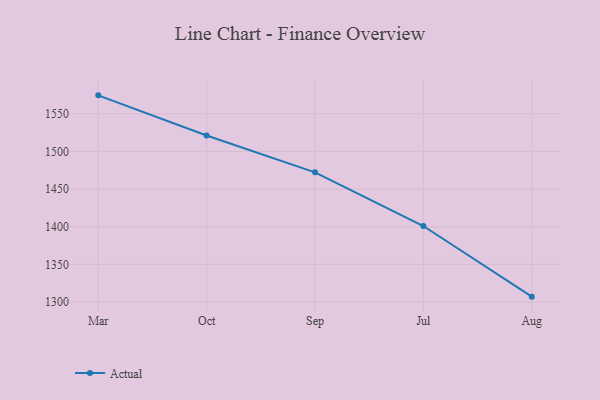
{"axis": {"x": "Month", "y": "Bounce Rate (%)"}, "legend": ["Actual"], "data": [{"x": "Mar", "y": 1574.4, "type": "Actual"}, {"x": "Oct", "y": 1521.2, "type": "Actual"}, {"x": "Sep", "y": 1472.2, "type": "Actual"}, {"x": "Jul", "y": 1401.0, "type": "Actual"}, {"x": "Aug", "y": 1307.3, "type": "Actual"}]}